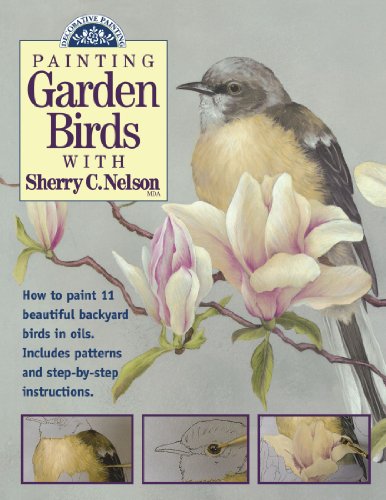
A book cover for Painting Garden Birds with Sherry C. Nelson (Decorative Painting); Sherry Nelson; Arts & Photography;